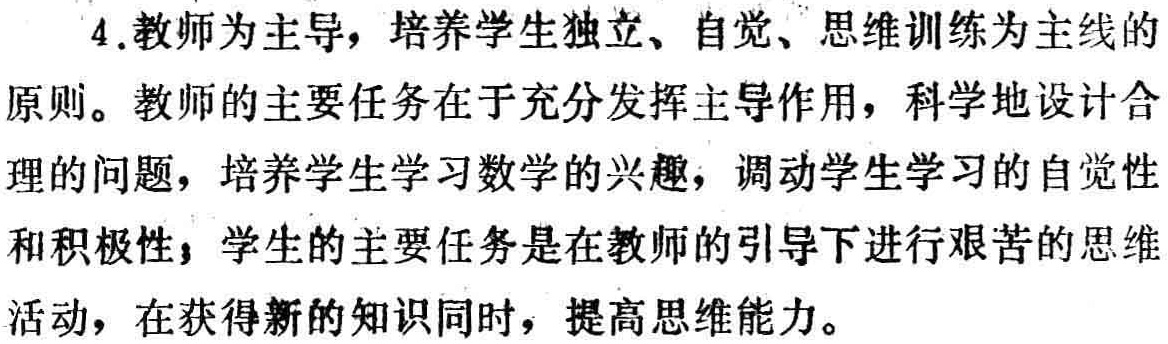
4.教师为主导，培养学生独立、自觉、思维训练为主线的

原则。教师的主要任务在于充分发挥主导作用，科学地设计合

理的问题，培养学生学习数学的兴趣，调动学生学习的自觉性

和积极性；学生的主要任务是在教师的引导下进行艰苦的思维

活动，在获得新的知识同时，提高思维能力。